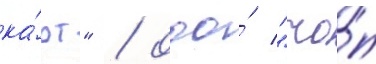
ка́рт" / ооо́ "чо́п